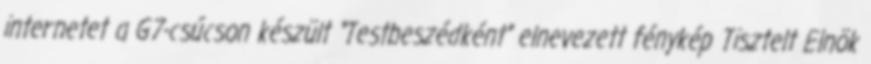
internetet a G7-csúcson készült “Testbeszédként” elnevezett fénykép Tisztelt Elnök